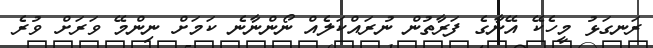
ރަނގަޅު މީހެކޭ އޭނާގެ ފަރާތުން ނުރައްކަލެއް ނޯންނާނެ ކަމަށް ނިންމޭ ވަރަށް ވުރެ